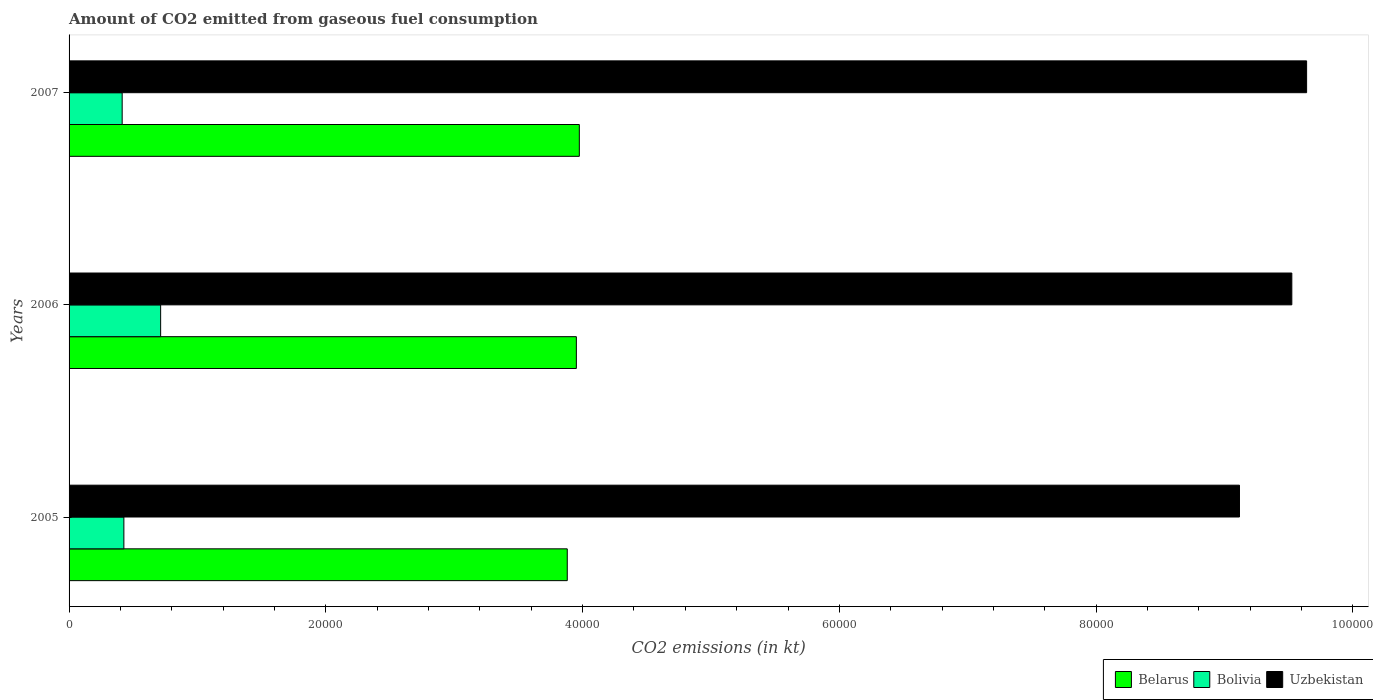
| Years | Belarus | Bolivia | Uzbekistan |
 | --- | --- | --- | --- |
 | 2005 | 3.88e+04 | 4.27e+03 | 9.12e+04 |
 | 2006 | 3.95e+04 | 7.13e+03 | 9.52e+04 |
 | 2007 | 3.97e+04 | 4.14e+03 | 9.64e+04 |